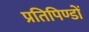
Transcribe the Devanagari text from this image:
प्रतिपिण्डों